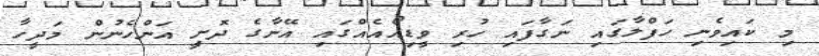
މި ކައިވެނި ހަފްލާގައި ނަގާފައި ހުރި ވީޑިއޯއެއްގައި އޭނާގެ ދޮށީ އަންހެނުން މަދީހާ